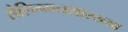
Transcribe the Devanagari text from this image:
सेलिग्मनसारख्या